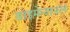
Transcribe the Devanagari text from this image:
डाइमेन्शनल